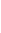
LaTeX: F\! \! \! \! \! \! \! \! \! \! \! \! ^{\! \! \! \! \! \! \! \! \! \! \! \! \pm}\! \! \! \! \! \! \! \! \! \! \! \! _{\! }\! \! \! \! \! \! \! \! \! \! \! 1\! \! \! \! \! \! \! \! \! \! \! \! (\! \! \! \! \! \! \! \! \! \! \! \! \cdot\! \! \! \! \! \! \! \! \! \! \! \! ;\! \! \! \! \! \! \! \! \! \! \! \! 0\! \! \! \! \! \! \! \! \! \! \! \! )\! \! \! \! \! \! \! \! \! \! \! \! =\! \! \! \! \! \! \! \! \! \! \! \! (\! \! \! \! \! \! \! \! \! \! \! \! 0\! \! \! \! \! \! \! \! \! \! \! \! ,\! \! \! \! \! \! \! \! \! \! \! \! 0\! \! \! \! \! \! \! \! \! \! \! \! )\! \! \! \! \! \! \! \! \! \! \!